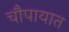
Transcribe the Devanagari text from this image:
चौपायात